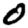
Digit: 0